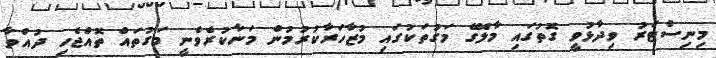
މިނިސްޓަރު ވިދާޅުވީ ގޮތުގައި މާލޭގެ މަގުތަކުގައި މުޒާހަރާކުރުމުން މަނާކުރެވެނީ މަގުތައް ތޮއްޖެހި ދުއްވާ